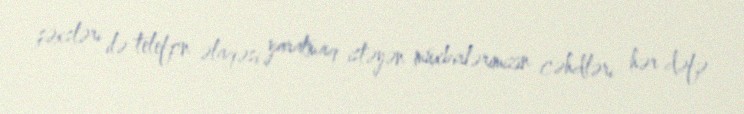
şəxsləri ilə telefon əlaqəsi yaratmaq istəyən müxbirlərimizin cəhdləri hər dəfə